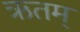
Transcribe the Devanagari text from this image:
ऋतम्